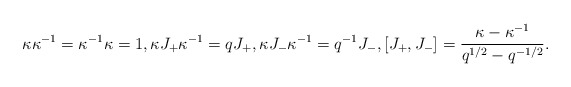
\begin{align*} \kappa \kappa^{-1}=\kappa^{-1}\kappa=1,\kappa J_{+}\kappa^{-1}= q J_{+},\kappa J_{-}\kappa^{-1}=q^{-1}J_{-},[J_{+},J_{-}]=\frac{\kappa-\kappa^{-1}}{q^{1/2}-q^{-1/2}}.\end{align*}